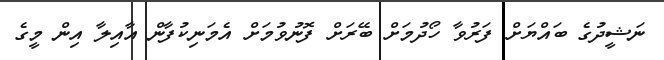
ނަޝީދުގެ ބައްޔަށް ފަރުވާ ހޯދުމަށް ބޭރަށް ފޮނުވުމަށް އެމަނިކުފާން އާއިލާ އިން މީގެ